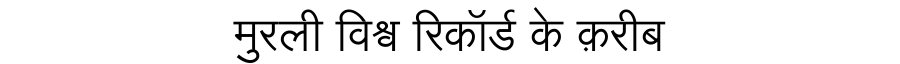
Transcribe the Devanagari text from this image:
मुरली विश्व रिकॉर्ड के क़रीब